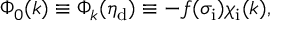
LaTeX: \Phi _ { 0 } ( k ) \equiv \Phi _ { k } ( \eta _ { \mathrm { d } } ) \equiv - f ( \sigma _ { \mathrm { i } } ) \chi _ { \mathrm { i } } ( k ) ,